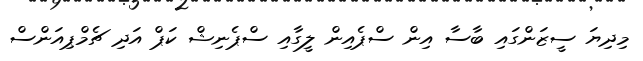
މިދިޔަ ސީޒަންގައި ބާސާ އިން ސްޕެއިން ލީގާއި ސްޕެނިޝް ކަޕް އަދި ޗެމްޕިއަންސް